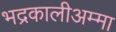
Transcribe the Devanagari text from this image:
भद्रकालीअम्मा